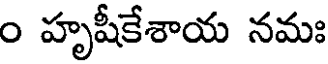
ం హృషీకేశాయ నమః